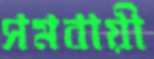
সমবায়ী